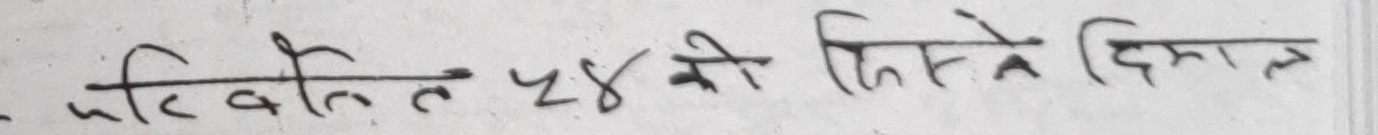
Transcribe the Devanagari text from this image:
परिबलतेर की हिस्से दिमाल